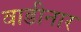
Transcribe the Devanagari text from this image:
वाडीनार